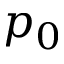
p _ { 0 }